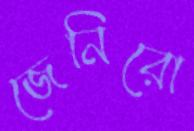
জেনিরো